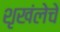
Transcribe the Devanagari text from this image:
शृखंलेचे